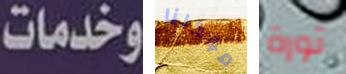
وخدمات موكلنا ثورة